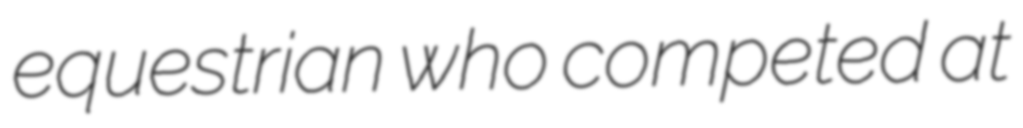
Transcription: equestrian who competed at